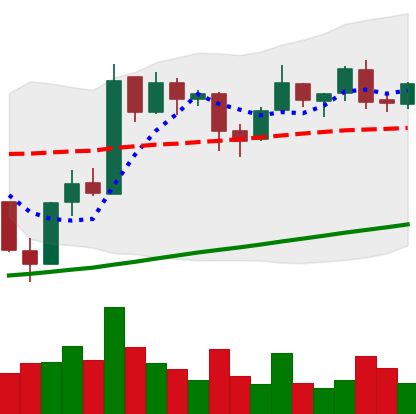
Ticker: BTC-USD
Chart end date: 2017-08-03
Forward return: 21.935%
Label: up_7plus